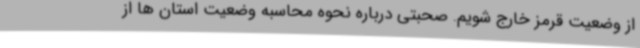
از وضعیت قرمز خارج شویم. صحبتی درباره نحوه محاسبه وضعیت استان ها از